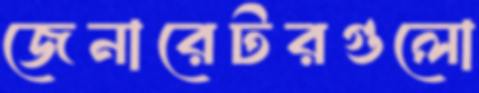
জেনারেটরগুলো